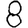
Digit: 8